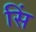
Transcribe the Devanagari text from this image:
सिं